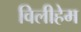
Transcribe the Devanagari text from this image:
विलीहेम